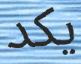
يكد